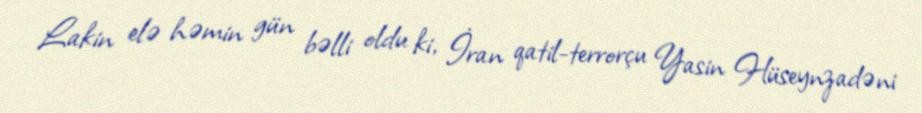
Lakin elə həmin gün bəlli oldu ki, İran qatil-terrorçu Yasin Hüseynzadəni